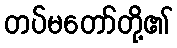
တပ်မတော်တို့၏